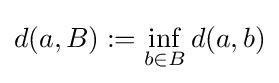
d(a,B):=\inf _{b\in B}d(a,b)